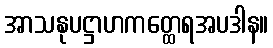
အာသနုပဋ္ဌာဟကတ္ထေရအပဒါန။